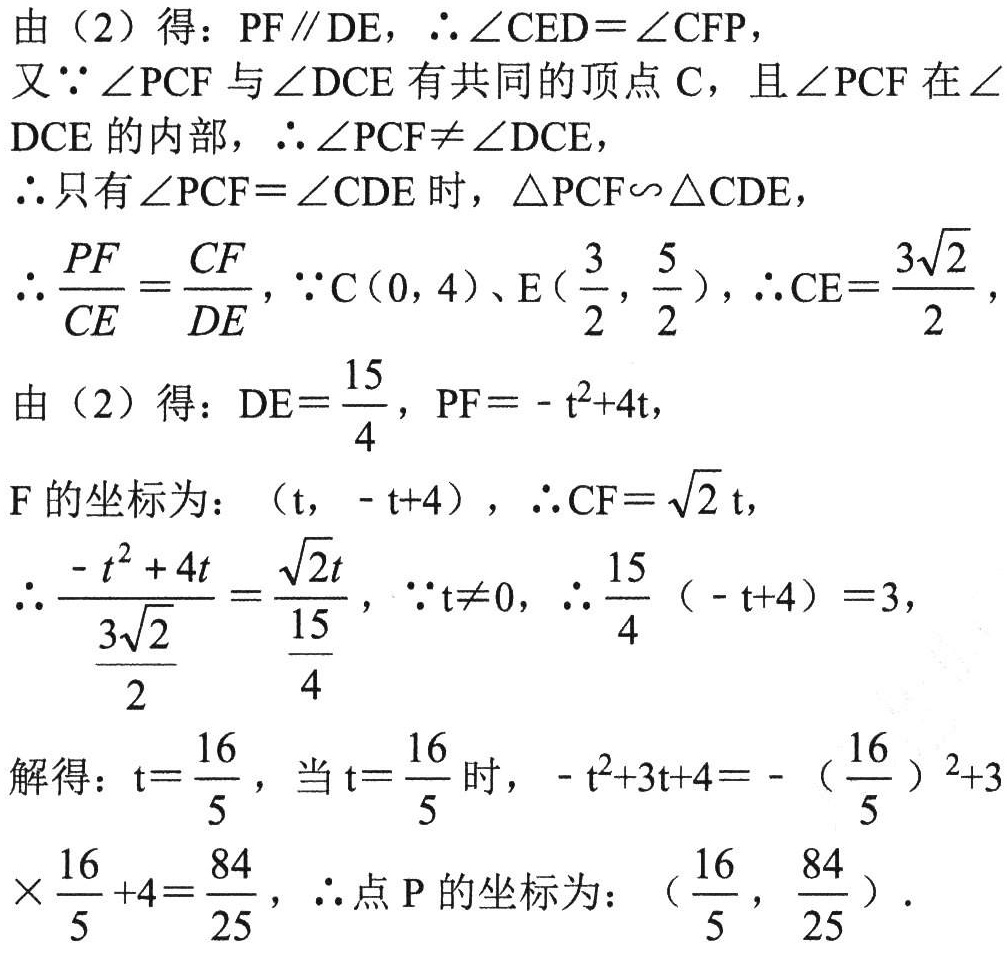
由（2）得：\(PF\parallel DE\)，\(\therefore\angle CED=\angle CFP\)，
又\(\because\angle PCF\)与\(\angle DCE\)有共同的顶点\(C\)，且\(\angle PCF\)在\(\angle DCE\)的内部，\(\therefore\angle PCF\neq\angle DCE\)，
\(\therefore\)只有\(\angle PCF=\angle CDE\)时，\(\triangle PCF\backsim\triangle CDE\)，
\(\therefore\frac{PF}{CE}=\frac{CF}{DE}\)，\(\because C(0,4)\)、\(E(\frac{3}{2},\frac{5}{2})\)，\(\therefore CE = \frac{3\sqrt{2}}{2}\)，
由（2）得：\(DE=\frac{15}{4}\)，\(PF=-t^{2}+4t\)，
\(F\)的坐标为：\((t,-t + 4)\)，\(\therefore CF=\sqrt{2}t\)，
\(\therefore\frac{-t^{2}+4t}{\frac{3\sqrt{2}}{2}}=\frac{\sqrt{2}t}{\frac{15}{4}}\)，\(\because t\neq0\)，\(\therefore\frac{15}{4}(-t + 4)=3\)，
解得：\(t=\frac{16}{5}\)，当\(t = \frac{16}{5}\)时，\(-t^{2}+3t + 4=-(\frac{16}{5})^{2}+3\times\frac{16}{5}+4=\frac{84}{25}\)，\(\therefore\)点\(P\)的坐标为：\((\frac{16}{5},\frac{84}{25})\).